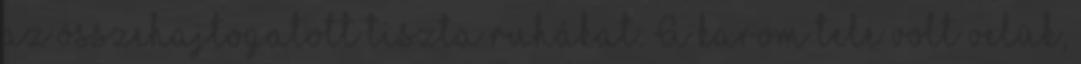
az összehajtogatott tiszta ruhákat. A karom tele volt velük,